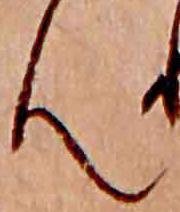
ん